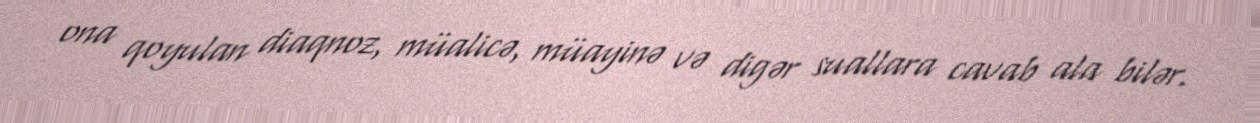
ona qoyulan diaqnoz, müalicə, müayinə və digər suallara cavab ala bilər.